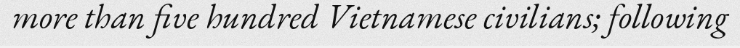
more than five hundred Vietnamese civilians; following